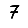
Digit: 7